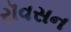
રૉવસન